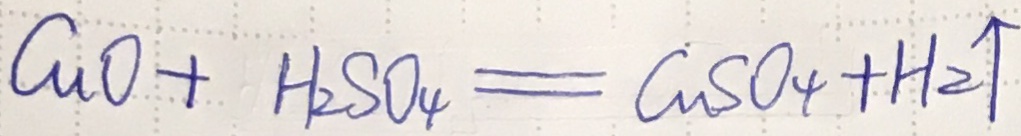
C u O + H _ { 2 } S O _ { 4 } = C a S O _ { 4 } + H _ { 2 } \uparrow